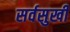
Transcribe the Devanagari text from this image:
सर्वसुखीं